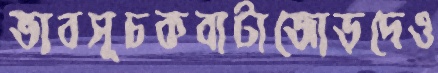
ভাবসূচকবাটাজোড়দেও